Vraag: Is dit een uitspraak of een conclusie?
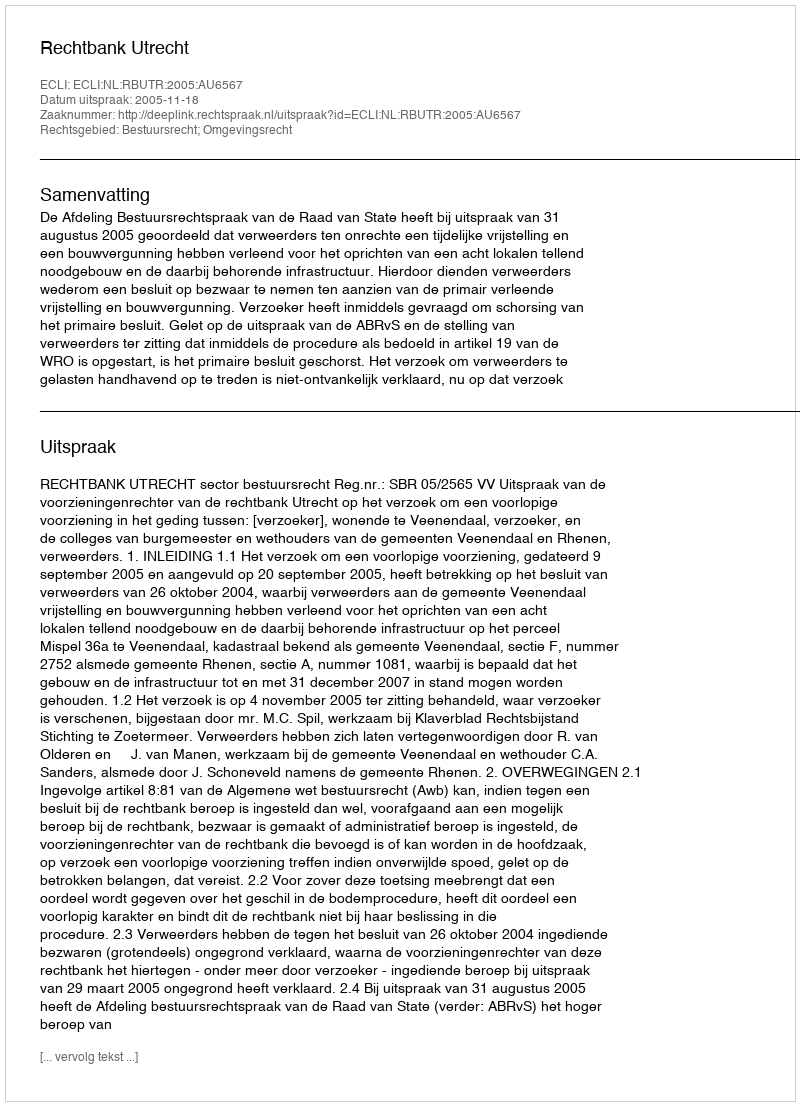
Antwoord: Uitspraak